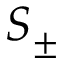
S _ { \pm }